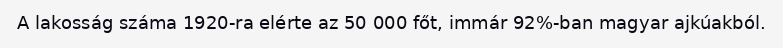
A lakosság száma 1920-ra elérte az 50 000 főt, immár 92%-ban magyar ajkúakból.